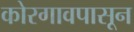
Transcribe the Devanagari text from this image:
कोरगावपासून